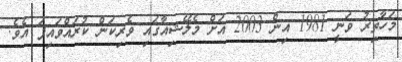
މަހާތިރު ވަނީ 1981 އިން 2003 އަށް މެލޭޝިއާގައި ވެރިކަން ކުރައްވައިފަ އެވެ.